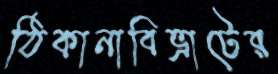
ঠিকানাবিভ্রাটের